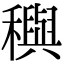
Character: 穥